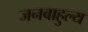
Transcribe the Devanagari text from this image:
जनबाहुल्य